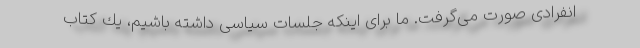
انفرادی صورت می‌گرفت. ما برای اینكه جلسات سیاسی داشته باشیم، یك كتاب